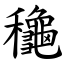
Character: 龝